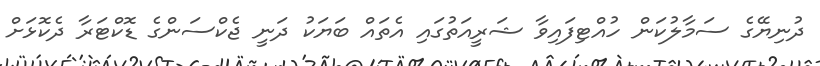
ދުނިޔޭގެ ސަމާލުކަން ހުއްޓިފައިވާ ޝަރީއަތުގައި އެތައް ބަޔަކު ދަނީ ޖެކްސަންގެ ޑޮކްޓަރާ ދެކޮޅަށް